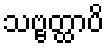
သဗ္ဗတ္ထာပိ